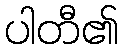
ပါတီ၏